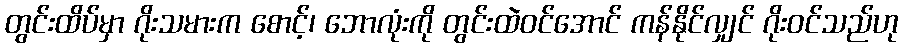
တွင်းထိပ်မှာ ဂိုးသမားက စောင့်၊ ဘောလုံးကို တွင်းထဲဝင်အောင် ကန်နိုင်လျှင် ဂိုးဝင်သည်ဟု